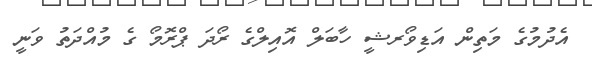
އެދުމުގެ މަތިން އަޑިވޯރޝީ ހާބަލް އޮއިލްގެ ރޯދަ ޕްރޮމޯ ގެ މުއްދަތު ވަނީ